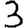
Digit: 3